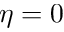
\eta = 0